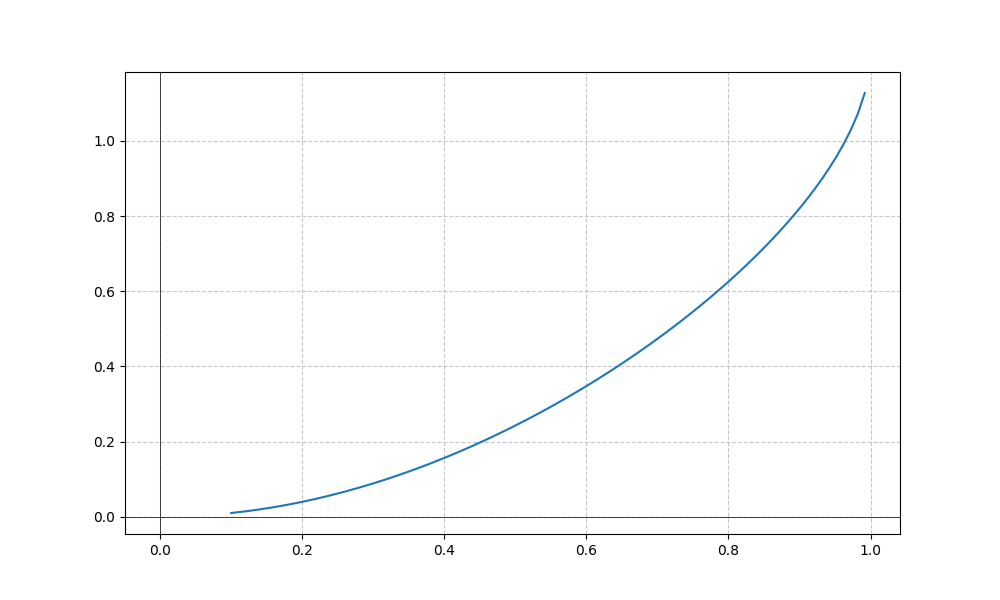
LaTeX formula: \operatorname{asin}{\left(x \right)} \operatorname{atan}{\left(x \right)}